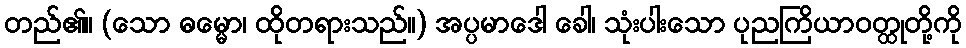
တည်၏။ (သော ဓမ္မော၊ ထိုတရားသည်။) အပ္ပမာဒေါ ခေါ၊ သုံးပါးသော ပုညကြိယာဝတ္ထုတို့ကို